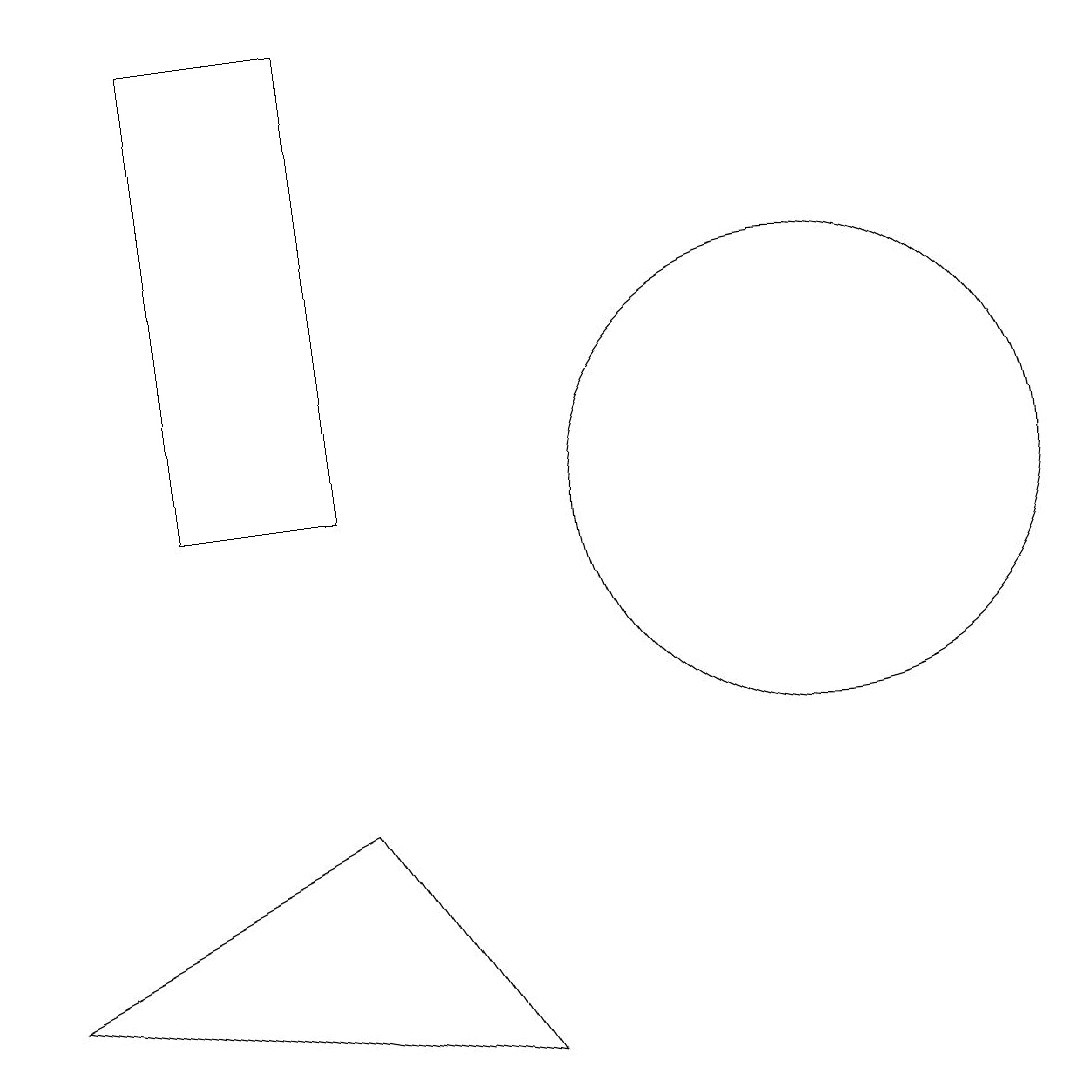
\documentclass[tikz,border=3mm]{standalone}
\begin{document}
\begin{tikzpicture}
\draw (2,17) rectangle (4,11);
\draw (10,11) circle (3);
\draw (0,5) -- (4,7) -- (6,4) -- cycle;
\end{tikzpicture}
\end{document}